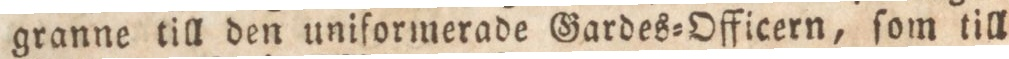
granne till den uniformerade Gardes=Officern, ſom till